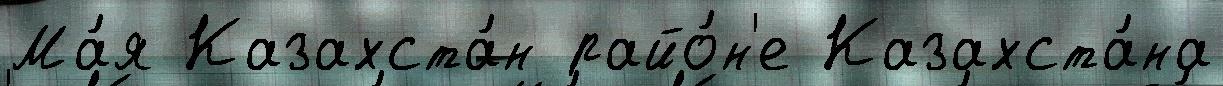
Ма́я Казахста́н райо́н'е Казахста́на